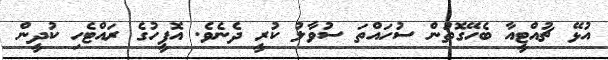
އުޅޭ ޗުއްޓީއާ ބެހޭގޮތުން ސުހައްތަ ސުވާލު ކުރީ ދެނެވެ. އޮފީހުގެ ރައްޓެހި ކުދީން